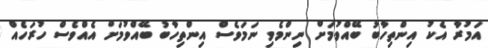
އަމުރާ އެކު އިންތިހާބު ބޭއްވުމަށް ނިންމެވި ނަމަވެސް އިންތިހާބު ބޭއްވުމަށް އެއްވެސް ހުރަހެއް